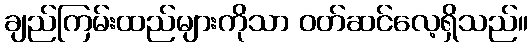
ချည်ကြမ်းထည်များကိုသာ ဝတ်ဆင်လေ့ရှိသည်။